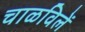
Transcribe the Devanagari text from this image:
चाळविलें